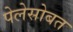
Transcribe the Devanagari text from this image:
पेलेसोबत